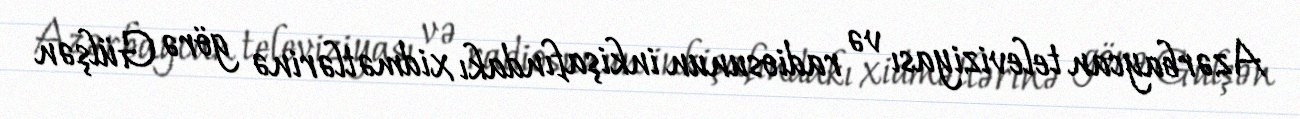
Azərbaycan televiziyası və radiosunun inkişafındakı xidmətlərinə görə Gülşən